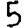
Digit: 5